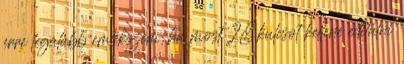
erre legalább emlékszem, ha most 28 kulcsot kellene editálni